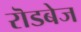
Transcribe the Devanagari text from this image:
रॊडबेज